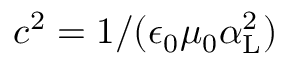
c ^ { 2 } = 1 / ( \epsilon _ { 0 } \mu _ { 0 } \alpha _ { \mathrm { { L } } } ^ { 2 } )